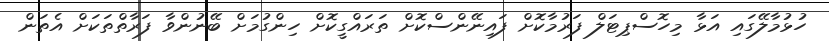
ހުޅުމާލޭގައި އަޅާ މިހޮސްޕިޓަލް ފަރުމާކޮށް ފައިނޭންސްކޮށް ތަރައްގީކޮށް ހިންގުމަށް ބޭނުންވާ ފަރާތްތަކަށް އެތަން